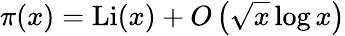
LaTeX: \pi(x)=\operatorname{Li}(x)+O\left({\sqrt{x}}\log x\right)